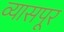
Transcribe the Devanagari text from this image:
व्यासपूर